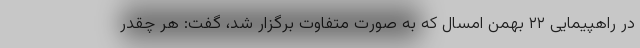
در راهپیمایی ۲۲ بهمن امسال که به صورت متفاوت برگزار شد، گفت: هر چقدر